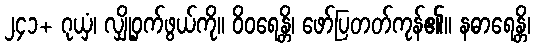
၂၄၁+ ဂုယှံ၊ လျှို့ဝှက်ဖွယ်ကို။ ဝိဝရေန္တိ၊ ဖော်ပြတတ်ကုန်၏။ နဓာရေန္တိ၊